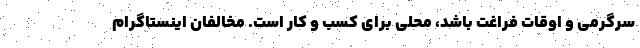
سرگرمی و اوقات فراغت باشد، محلی برای کسب و کار است. مخالفان اینستاگرام